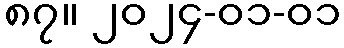
၈၇။ ၂၀၂၄-၀၁-၀၁